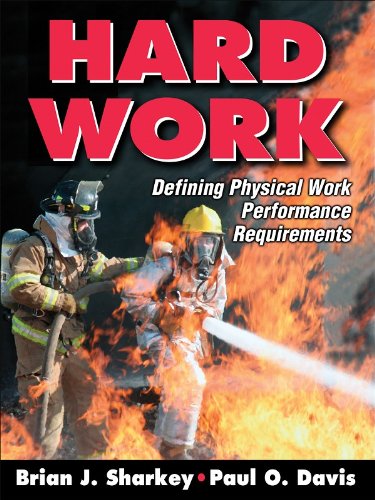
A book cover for Hard Work:Defining Physical Work Performance Requirements; Brian J. Sharkey; Health, Fitness & Dieting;